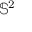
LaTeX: \mathbb { S } ^ { 2 }